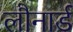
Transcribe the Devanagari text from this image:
लौनार्ड